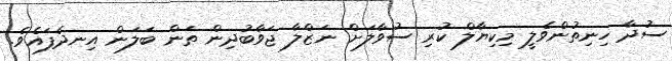
ސުދާ ހިނިތުންވެލީ މިކިޔާލް ކުރި ސުވާލަށް ނަޒްލާ ޖަވާބުދިން ތަން ބަލަން އިނދެފައެވެ.